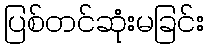
ပြစ်တင်ဆုံးမခြင်း